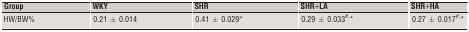
<table><thead><tr><td><b>Group</b></td><td><b>WKY</b></td><td><b>SHR</b></td><td><b>SHR+LA</b></td><td><b>SHR+HA</b></td></tr></thead><tbody><tr><td>HW/BW%</td><td>0.21 ± 0.014</td><td>0.41 ± 0.029*</td><td>0.29 ± 0.033#,*</td><td>0.27 ± 0.017#,*</td></tr></tbody></table>